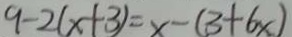
9 - 2 ( x + 3 ) = x - ( 3 + 6 x )